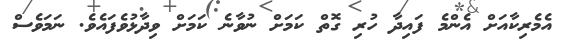
އެމެރިކާއަށް އެންމެ ފައިދާ ހުރި ގޮތް ކަމަށް ނުވާނެ ކަމަށް ވިދާޅުވެފައެވެ. ނަމަވެސް